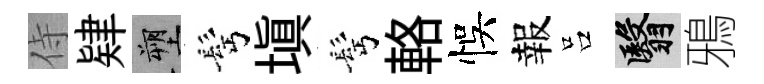
侍肄塑髩塡髩輅悞報吕翳鴉